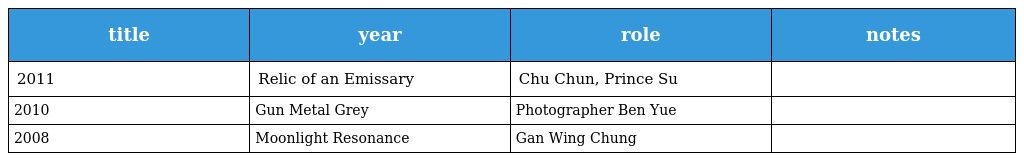
| title | year | role | notes |
 | --- | --- | --- | --- |
 | 2011 | Relic of an Emissary | Chu Chun, Prince Su |  |
 | 2010 | Gun Metal Grey | Photographer Ben Yue |  |
 | 2008 | Moonlight Resonance | Gan Wing Chung |  |